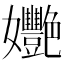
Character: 𡤸